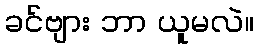
ခင်ဗျား ဘာ ယူမလဲ။